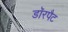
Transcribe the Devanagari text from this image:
डॉरपैट